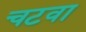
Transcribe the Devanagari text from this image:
चटवा